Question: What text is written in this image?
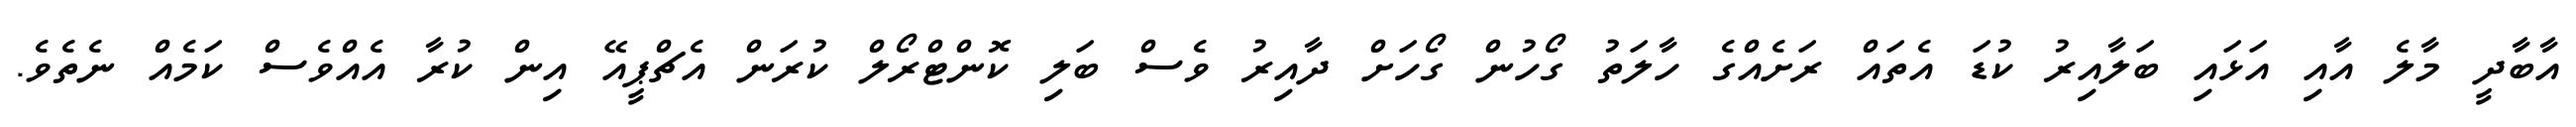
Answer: އާބާދީ މާލެ އާއި އަޅައި ބަލާއިރު ކުޑަ އެތައް ރަށެއްގެ ހާލަތު ގޯހުން ގޯހަށް ދާއިރު ވެސް ބަލި ކޮންޓްރޯލް ކުރަން އެޗްޕީއޭ އިން ކުރާ އެއްވެސް ކަމެއް ނެތެވެ.